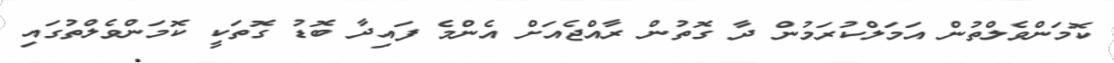
ކޮމަންވެލްތުން އަމަލްކުރަމުން ދާ ގޮތުން ރާއްޖެއަށް އެންމެ ފައިދާ ބޮޑު ގޮތަކީ ކޮމަންވެލްތުގައި